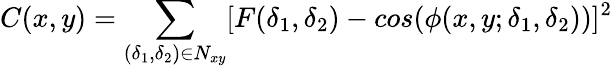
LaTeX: C(x,y)=\sum_{(\delta_{1},\delta_{2}){{\in}N_{xy}}}[F({\delta}_{1},{\delta}_{2})-cos({\phi}(x,y;\delta_{1},\delta_{2}))]^{2}